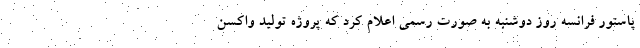
پاستور فرانسه روز دوشنبه به صورت رسمی اعلام کرد که پروژه تولید واکسن